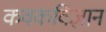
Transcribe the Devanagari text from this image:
कवकविज्ञान